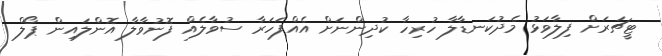
ޓީޗަރަށް ފިލާވަޅު މެދުކަނޑާލާ ހުރިހާ ކުދިންނަށް އެއްފަހަރާ ސުވާލެއް ފޮނުވާލާ އޮންލައިން ޕޯލް